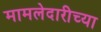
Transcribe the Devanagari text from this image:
मामलेदारीच्या